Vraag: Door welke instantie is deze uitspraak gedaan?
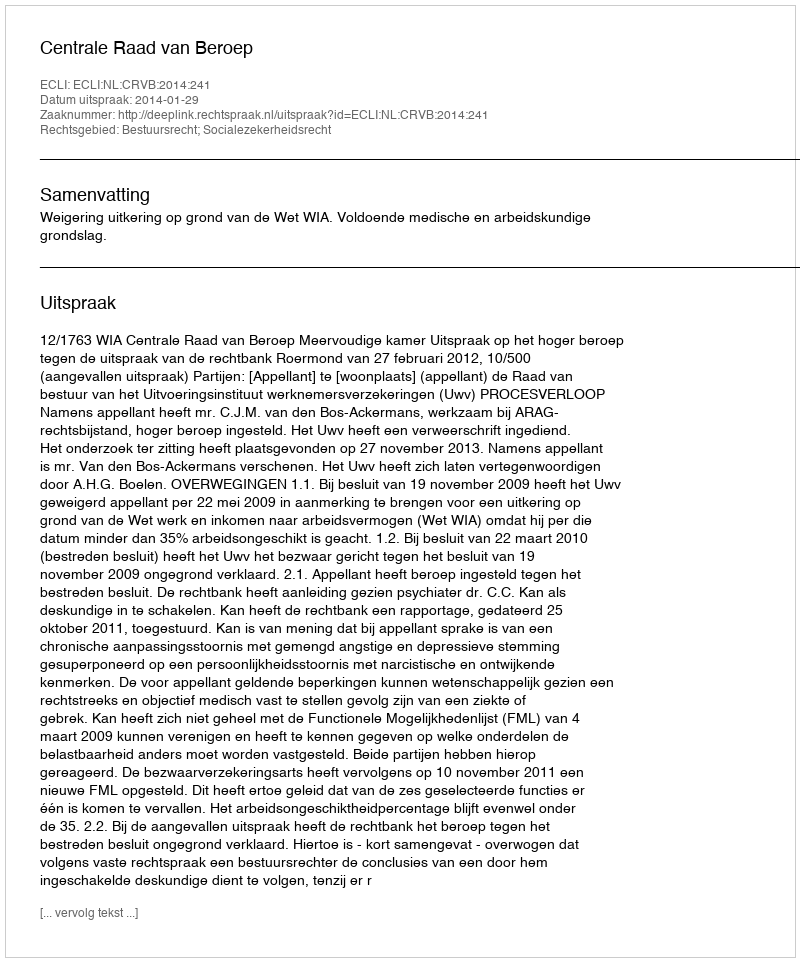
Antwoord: Centrale Raad van Beroep